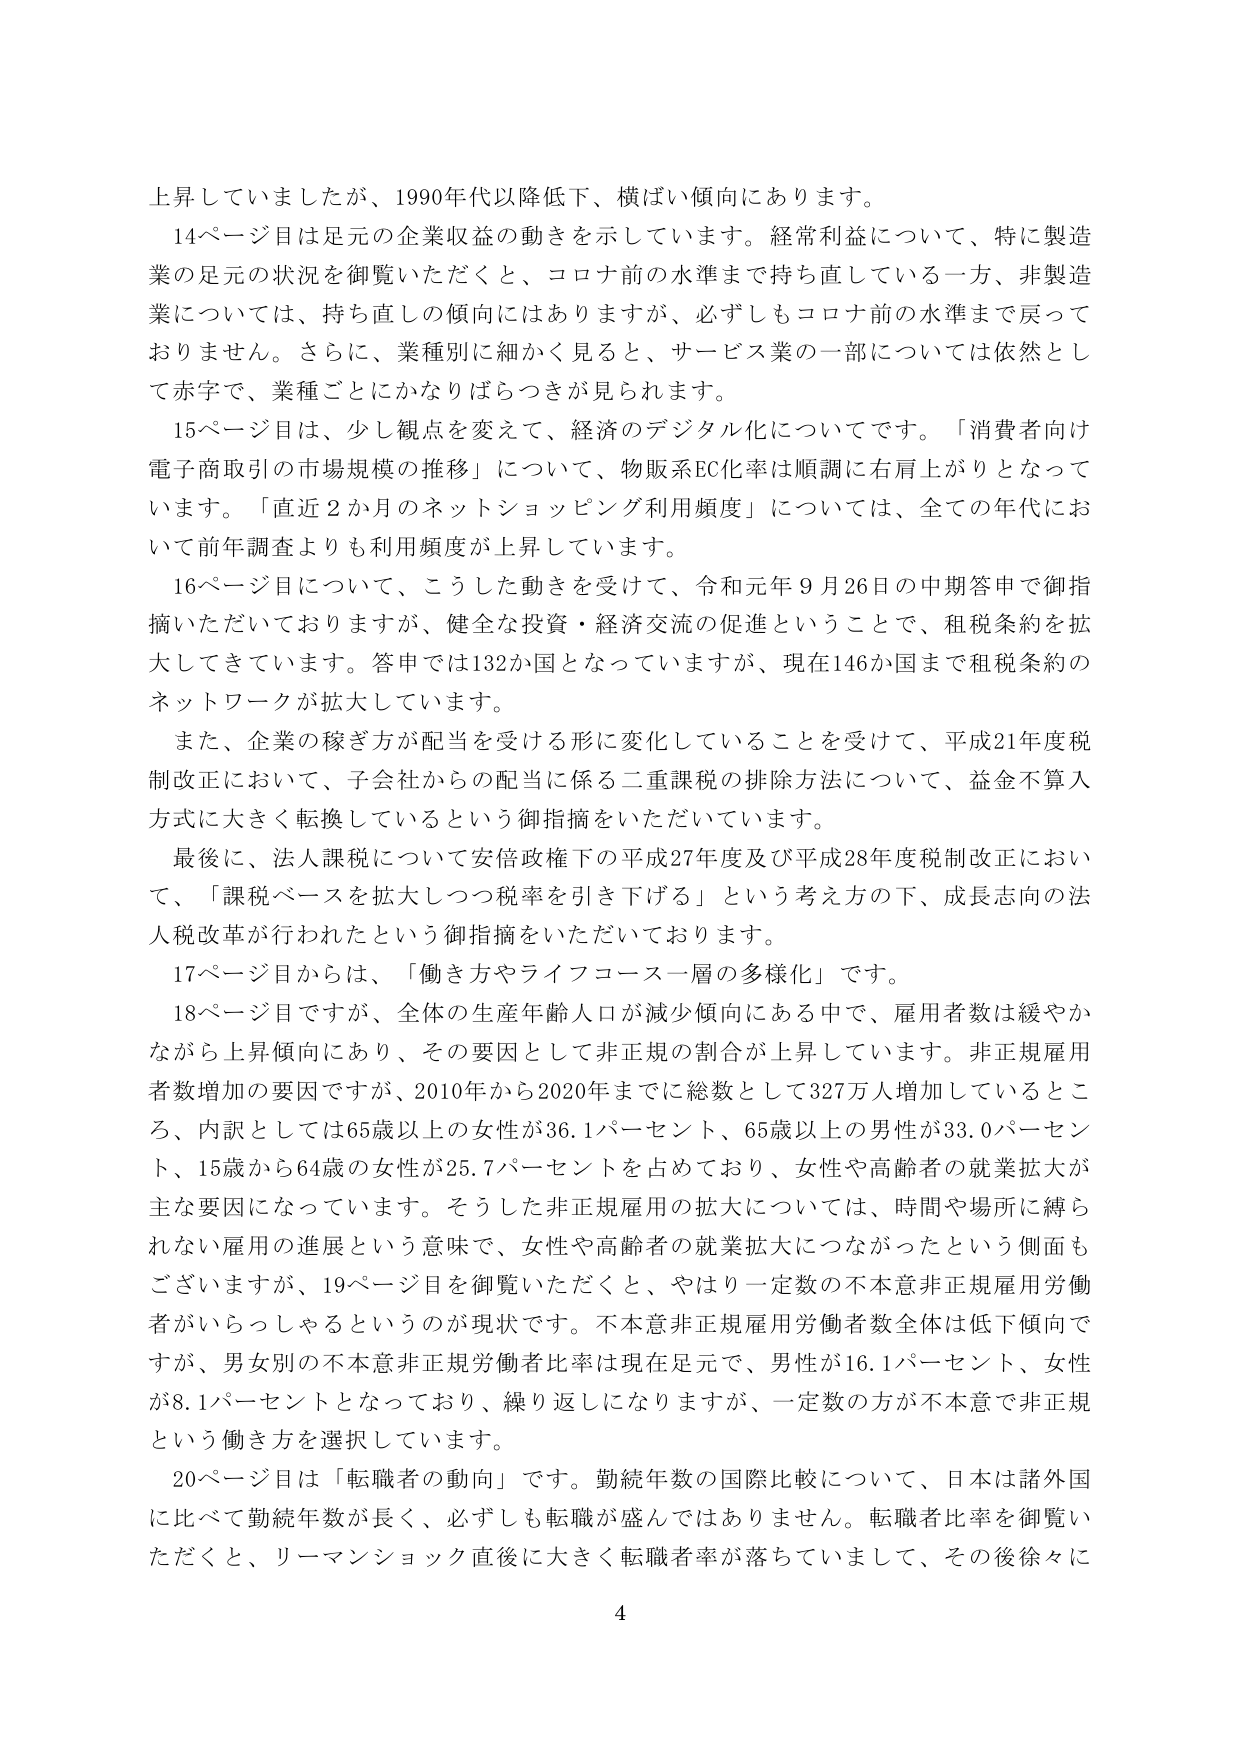
上昇していましたが、1990年代以降低下、横ばい傾向にあります。

14ページ目は足元の企業収益の動きを示しています。経常利益について、特に製造業の足元の状況を御覧いただくと、コロナ前の水準まで持ち直している一方、非製造業については、持ち直しの傾向にはありますが、必ずしもコロナ前の水準まで戻っておりません。さらに、業種別に細かく見ると、サービス業の一部については依然として赤字で、業種ごとにかなりばらつきが見られます。

15ページ目は、少し観点を変えて、経済のデジタル化についてです。「消費者向け電子商取引の市場規模の推移」について、物販系EC化率は順調に右肩上がりとなっています。「直近2か月のネットショッピング利用頻度」については、全ての年代において前年調査よりも利用頻度が上昇しています。

16ページ目について、こうした動きを受けて、令和元年9月26日の中期答申で御指摘いただいておりますが、健全な投資・経済交流の促進ということで、租税条約を拡大してきています。答申では132か国となっていますが、現在146か国まで租税条約のネットワークが拡大しています。

また、企業の稼ぎ方が配当を受ける形に変化していることを受けて、平成21年度税制改正において、子会社からの配当に係る二重課税の排除方法について、益金不算入方式に大きく転換しているという御指摘をいただいています。

最後に、法人課税について安倍政権下の平成27年度及び平成28年度税制改正において、「課税ベースを拡大しつつ税率を引き下げる」という考え方の下、成長志向の法人税改革が行われたという御指摘をいただいております。

17ページ目からは、「働き方やライフコース一層の多様化」です。

18ページ目ですが、全体の生産年齢人口が減少傾向にある中で、雇用者数は緩やかながら上昇傾向にあり、その要因として非正規の割合が上昇しています。非正規雇用者数増加の要因ですが、2010年から2020年までに総数として327万人増加しているところ、内訳としては65歳以上の女性が36.1パーセント、65歳以上の男性が33.0パーセント、15歳から64歳の女性が25.7パーセントを占めており、女性や高齢者の就業拡大が主な要因になっています。そうした非正規雇用の拡大については、時間や場所に縛られない雇用の進展という意味で、女性や高齢者の就業拡大につながったという側面もございますが、19ページ目を御覧いただくと、やはり一定数の不本意非正規雇用労働者がいらっしゃるというのが現状です。不本意非正規雇用労働者数全体は低下傾向ですが、男女別の不本意非正規労働者比率は現在足元で、男性が16.1パーセント、女性が8.1パーセントとなっており、繰り返しになりますが、一定数の方が不本意で非正規という働き方を選択しています。

20ページ目は「転職者の動向」です。勤続年数の国際比較について、日本は諸外国に比べて勤続年数が長く、必ずしも転職が盛んではありません。転職者比率を御覧いただくと、リーマンショック直後に大きく転職者率が落ちていましたが、その後徐々に

4